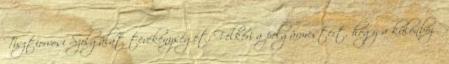
Tisztiorvosi Szolgálat tevékenységét. Felkéri a polgármestert, hogy a különböző